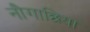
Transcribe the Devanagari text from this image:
नौगाछिया